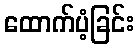
ထောက်ပံ့ခြင်း